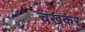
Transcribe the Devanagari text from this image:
चखकर